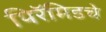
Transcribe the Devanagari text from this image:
पिरॅमिडचे